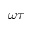
\omega \tau